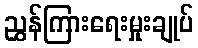
ညွှန်ကြားရေးမှုးချုပ်